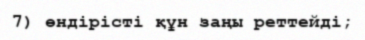
7) өндірісті құн заңы реттейді;